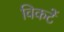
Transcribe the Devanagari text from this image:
विकटें